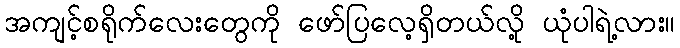
အကျင့်စရိုက်လေးတွေကို ဖော်ပြလေ့ရှိတယ်လို့ ယုံပါရဲ့လား။